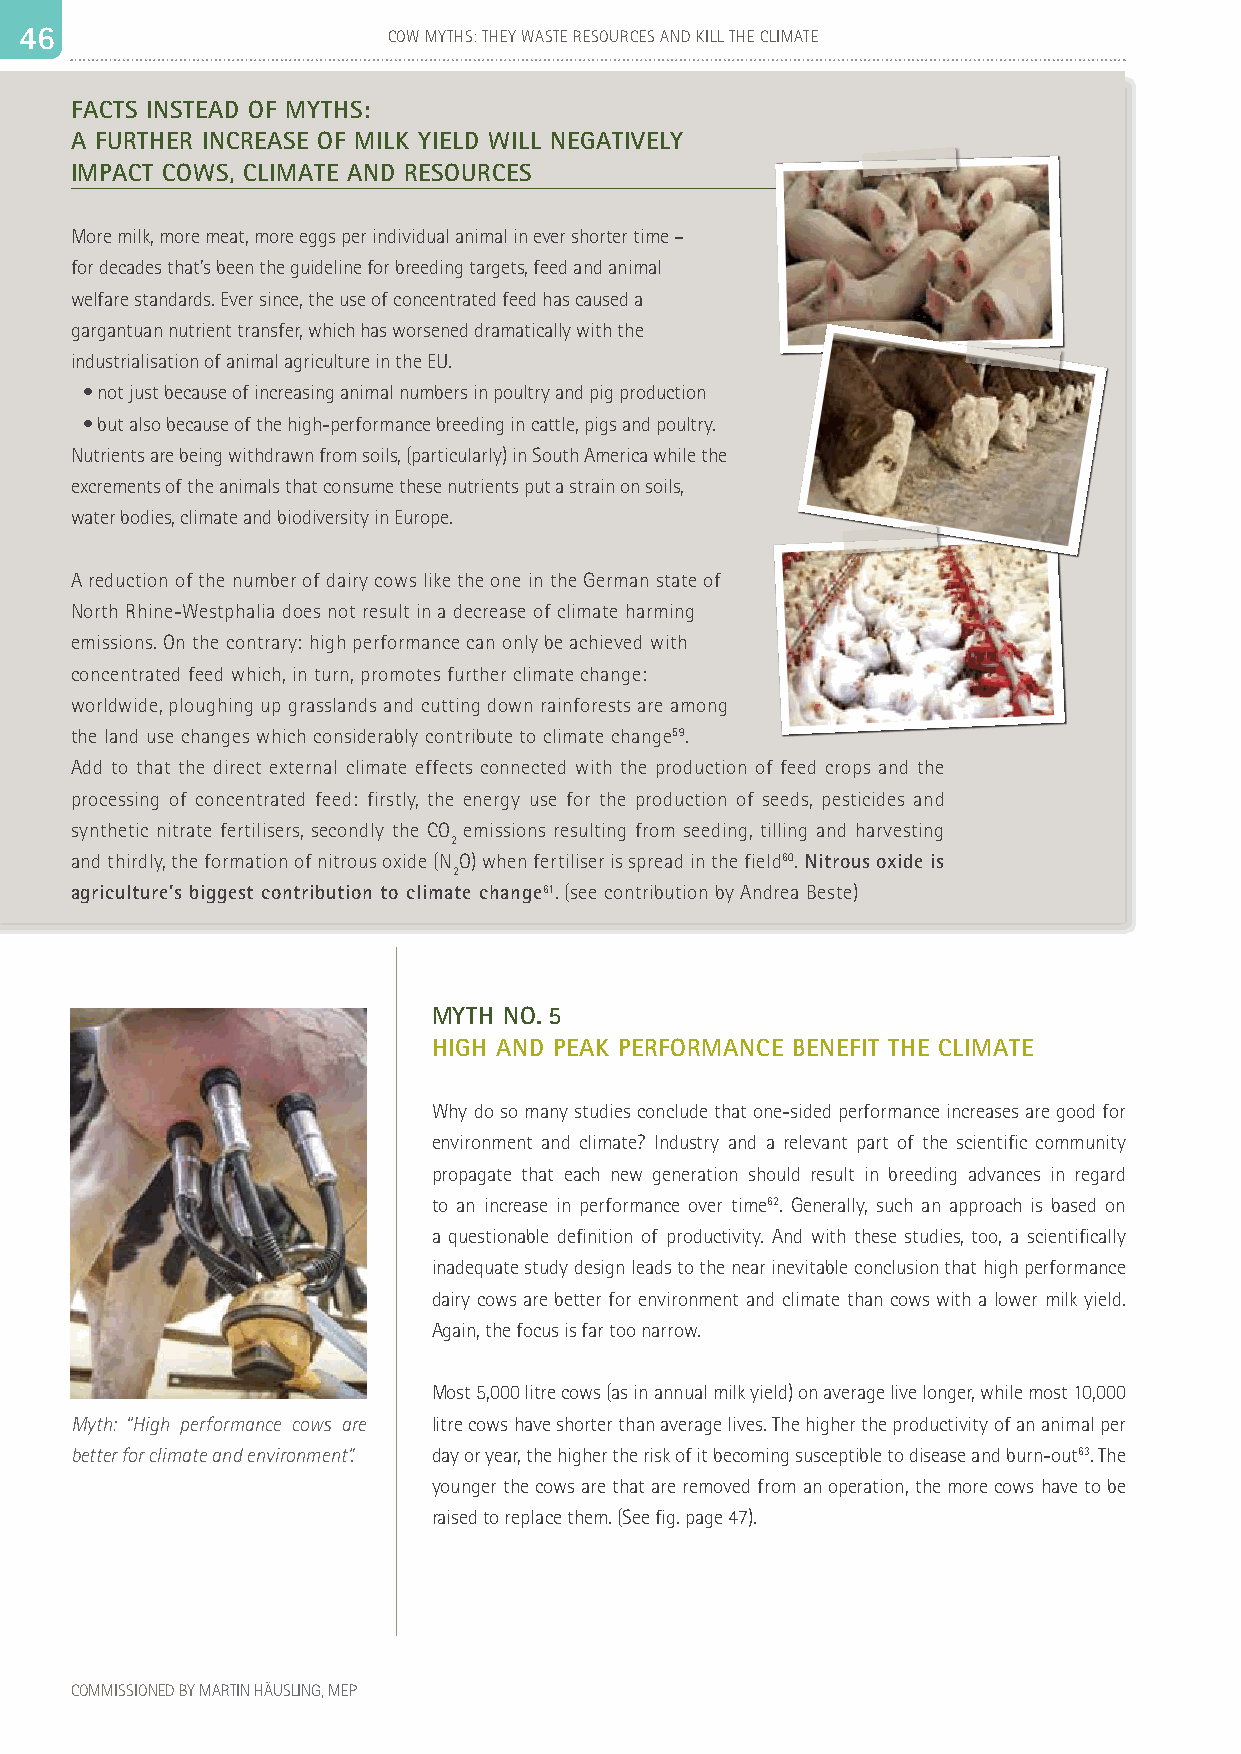
4 46 6                   COW MYTHS: THEY WASTE RESOURCES AND KILL THE CLIMATE                                                                                   47
 FACTS INSTEAD OF MYTHS:
 A FURTHER INCREASE OF MILK YIELD WILL NEGATIVELY
 IMPACT COWS, CLIMATE AND RESOURCES
 More milk, more meat, more eggs per individual animal in ever shorter time –
 for decades that’s been the guideline for breeding targets, feed and animal
 welfare standards. Ever since, the use of concentrated feed has caused a
 gargantuan nutrient transfer, which has worsened dramatically with the
 industrialisation of animal agriculture in the EU.
 • not just because of increasing animal numbers in poultry and pig production
 • but also because of the high-performance breeding in cattle, pigs and poultry.
 Nutrients are being withdrawn from soils, (particularly) in South America while the
 excrements of the animals that consume these nutrients put a strain on soils,
 water bodies, climate and biodiversity in Europe.
 A reduction of the number of dairy cows like the one in the German state of
 North Rhine-Westphalia does not result in a decrease of climate harming
 emissions. On the contrary: high performance can only be achieved with
 concentrated feed which, in turn, promotes further climate change:
 worldwide, ploughing up grasslands and cutting down rainforests are among
 the land use changes which considerably contribute to climate change59.
 Add to that the direct external climate effects connected with the production of feed crops and the
 processing of concentrated feed: firstly, the energy use for the production of seeds, pesticides and
 synthetic nitrate fertilisers, secondly the CO emissions resulting from seeding, tilling and harvesting
 2
 and thirdly, the formation of nitrous oxide (N O) when fertiliser is spread in the field60. Nitrous oxide is
 2
 agriculture’s biggest contribution to climate change61. (see contribution by Andrea Beste)
 MYTH NO. 5
 HIGH AND PEAK PERFORMANCE BENEFIT THE CLIMATE
 Why do so many studies conclude that one-sided performance increases are good for
 environment and climate? Industry and a relevant part of the scientific community
 propagate that each new generation should result in breeding advances in regard
 to an increase in performance over time62. Generally, such an approach is based on
 a questionable definition of productivity. And with these studies, too, a scientifically
 inadequate study design leads to the near inevitable conclusion that high performance
 dairy cows are better for environment and climate than cows with a lower milk yield.
 Again, the focus is far too narrow.
 Most 5,000 litre cows (as in annual milk yield) on average live longer, while most 10,000
 Myth: “High performance cows are litre cows have shorter than average lives. The higher the productivity of an animal per
 better for climate and environment”. day or year, the higher the risk of it becoming susceptible to disease and burn-out63. The
 younger the cows are that are removed from an operation, the more cows have to be
 raised to replace them. (See fig. page 47).
 COMMISSIONED BY MARTIN HÄUSLING, MEP